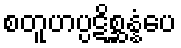
စတူဟပ္ပဋိစ္ဆန္နံပေ